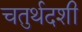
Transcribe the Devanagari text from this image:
चतुर्थदशी